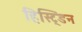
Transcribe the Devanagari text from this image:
हिस्ट्डिन